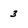
Character: 3